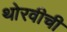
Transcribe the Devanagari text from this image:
थोरवीची